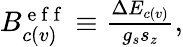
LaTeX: \begin{array}{r}{B_{c(v)}^{\mathrm{~e~f~f~}}\equiv\frac{\Delta E_{c(v)}}{g_{s}s_{z}},}\end{array}